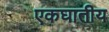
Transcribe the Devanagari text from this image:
एकघातीय